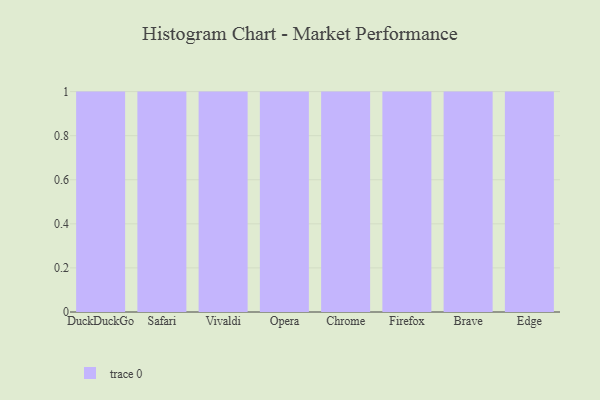
{"axis": {"x": "Browser", "y": "LTV (USD)"}, "legend": [""], "data": [{"x": "DuckDuckGo", "y": 17, "type": ""}, {"x": "Safari", "y": 72, "type": ""}, {"x": "Vivaldi", "y": 36, "type": ""}, {"x": "Opera", "y": 36, "type": ""}, {"x": "Chrome", "y": 9, "type": ""}, {"x": "Firefox", "y": 100, "type": ""}, {"x": "Brave", "y": 48, "type": ""}, {"x": "Edge", "y": 14, "type": ""}]}